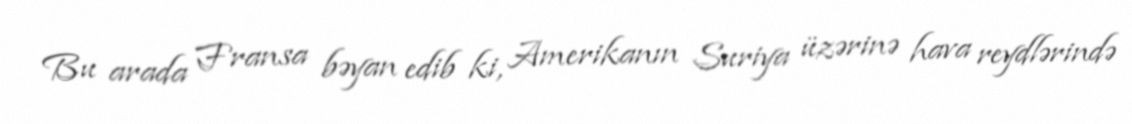
Bu arada Fransa bəyan edib ki, Amerikanın Suriya üzərinə hava reydlərində